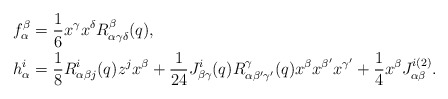
\begin{align*}f^\beta_\alpha &= \frac{1}{6} x^\gamma x^\delta R_{\alpha\gamma\delta}^{\beta}(q), \\h^i_\alpha &= \frac{1}{8} R_{\alpha\beta j}^{i}(q) z^j x^\beta + \frac{1}{24} J_{\beta\gamma}^i(q) R_{\alpha \beta^\prime \gamma^\prime}^\gamma (q) x^\beta x^{\beta^\prime} x^{\gamma^\prime} + \frac{1}{4} x^\beta J_{\alpha\beta}^{i(2)}. \\\end{align*}